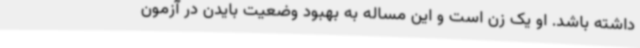
داشته باشد. او یک زن است و این مساله به بهبود وضعیت بایدن در آزمون